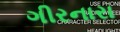
ગીરનારા